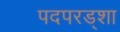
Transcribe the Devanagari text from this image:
पदपरड्शा